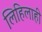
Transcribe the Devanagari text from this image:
लिहिलाही